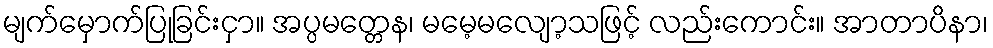
မျက်မှောက်ပြုခြင်းငှာ။ အပ္ပမတ္တေန၊ မမေ့မလျော့သဖြင့် လည်းကောင်း။ အာတာပိနာ၊